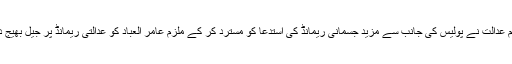
تاہم عدالت نے پولیس کی جانب سے مزید جسمانی ریمانڈ کی استدعا کو مسترد کر کے ملزم عامر العباد کو عدالتی ریمانڈ پر جیل بھیج دیا۔